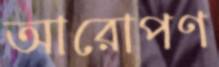
আরোপণ